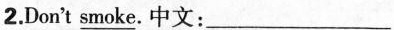
2.Don't \underline{smoke}.中文: ___